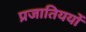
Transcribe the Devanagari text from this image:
प्रजातिययों